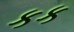
કક